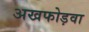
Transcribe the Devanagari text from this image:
अखफोड़वा